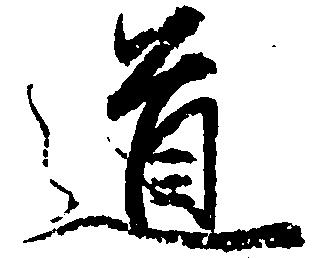
道